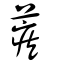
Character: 蒺